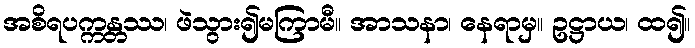
အစိရပက္ကန္တဿ၊ ဖဲသွား၍မကြာမီ။ အာသနာ၊ နေရာမှ။ ဥဋ္ဌာယ၊ ထ၍။